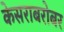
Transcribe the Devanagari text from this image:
केसराबरोबर